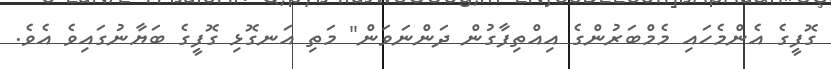
ގޮފީގެ އެންމެހައި މެމްބަރުންގެ އިއްތިފާގުން ދަންނަވަން" މަތި އަނގޮޅި ގޮފީގެ ބަޔާނުގައިވެ އެވެ.